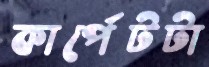
কার্পেটটা